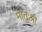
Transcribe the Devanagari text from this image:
मातुःश्री